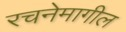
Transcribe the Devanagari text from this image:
रचनेमागील